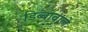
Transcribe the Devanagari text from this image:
डिब्बावाले